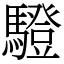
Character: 䮴